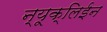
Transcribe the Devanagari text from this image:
न्यूक्लिईन